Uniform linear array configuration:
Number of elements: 64
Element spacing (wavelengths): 0.25
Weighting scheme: exponential
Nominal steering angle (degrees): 15
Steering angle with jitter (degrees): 13.662
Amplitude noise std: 0.05
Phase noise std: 0.05

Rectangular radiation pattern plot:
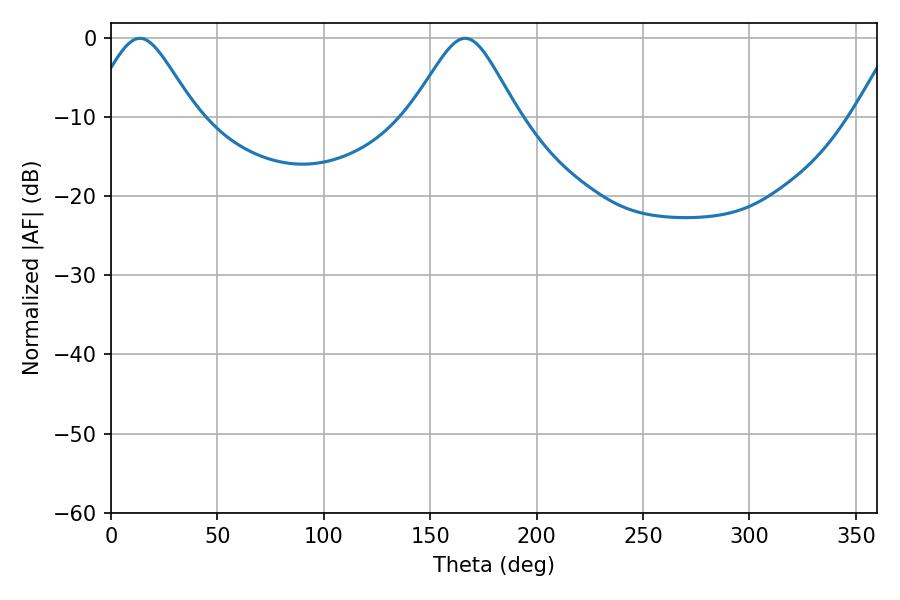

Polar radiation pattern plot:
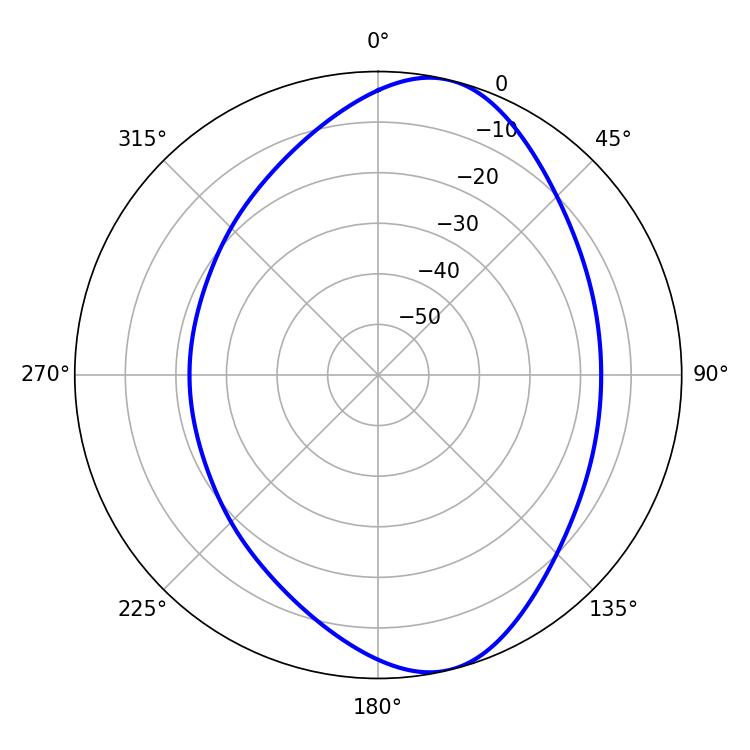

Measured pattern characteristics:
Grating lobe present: FALSE
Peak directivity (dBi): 8.723
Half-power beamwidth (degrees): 24.3
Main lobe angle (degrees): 13.5